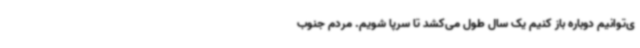
ی‌توانیم دوباره باز کنیم یک سال طول می‌کشد تا سرپا شویم. مردم جنوب